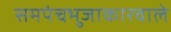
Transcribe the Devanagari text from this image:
समपंचभुजाकारवाले